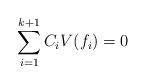
LaTeX: \begin{align*}\sum_{i=1}^{k+1}C_i V(f_i)=0\end{align*}